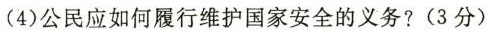
(4)公民应如何履行维护国家安全的义务?(3分)